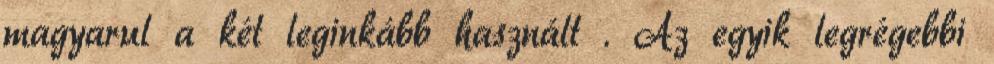
magyarul a két leginkább használt . Az egyik legrégebbi